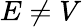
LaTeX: E\neq V